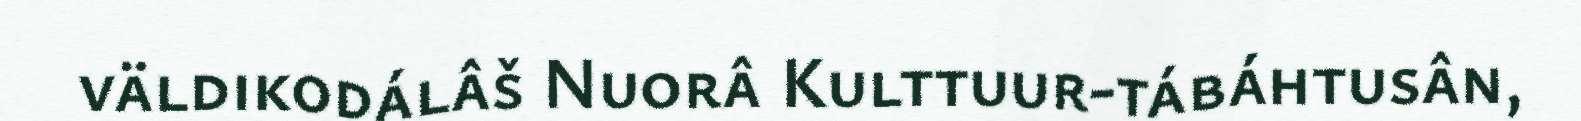
väldikodálâš Nuorâ Kulttuur-tábáhtusân,